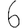
Digit: 6